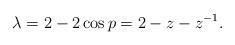
LaTeX: \begin{align*}\lambda=2-2 \cos p=2-z-z^{-1}.\end{align*}